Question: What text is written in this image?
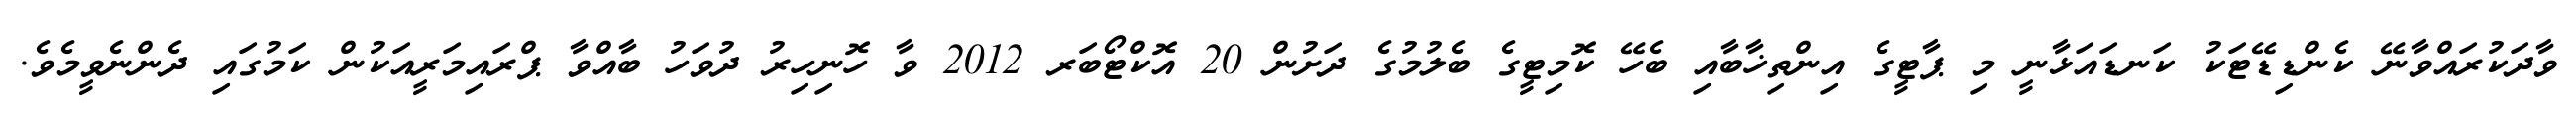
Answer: ވާދަކުރައްވާނޭ ކެންޑިޑޭޓަކު ކަނޑައަޅާނީ މި ޕާޓީގެ އިންތިޚާބާއި ބެހޭ ކޮމިޓީގެ ބެލުމުގެ ދަށުން 20 އޮކްޓޯބަރ 2012 ވާ ހޮނިހިރު ދުވަހު ބާއްވާ ޕްރައިމަރީއަކުން ކަމުގައި ދެންނެވީމެވެ.